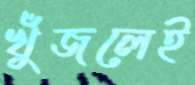
খুঁজলেই